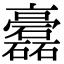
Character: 𥗧